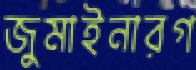
জুমাইনারগ